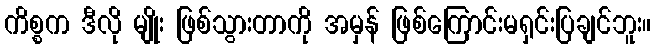
ကိစ္စက ဒီလို မျိုး ဖြစ်သွားတာကို အမှန် ဖြစ်ကြောင်းမရှင်းပြချင်ဘူး။